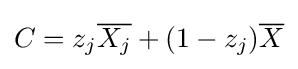
C=z_{j}{\overline {X_{j}}}+(1-z_{j}){\overline {X}}